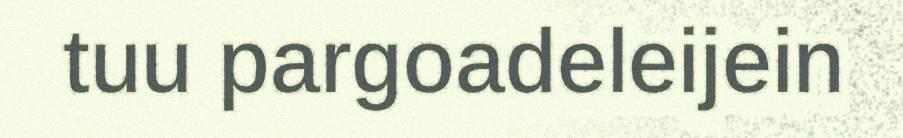
tuu pargoadeleijein